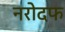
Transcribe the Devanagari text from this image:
नरोदफ